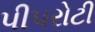
પીપરોટી